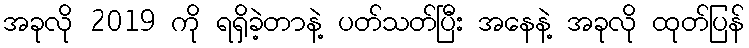
အခုလို 2019 ကို ရရှိခဲ့တာနဲ့ ပတ်သတ်ပြီး အနေနဲ့ အခုလို ထုတ်ပြန်